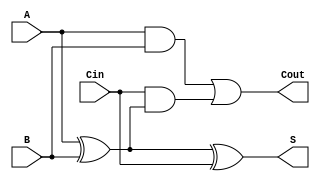
module FullAdder (
    input wire A,    // First input bit
    input wire B,    // Second input bit
    input wire Cin,  // Carry input
    output wire S,   // Sum output
    output wire Cout  // Carry output
);

// Calculate the Sum (S) using XOR gates
assign S = A ^ B ^ Cin;

// Calculate the Carry-out (Cout) using AND and OR gates
assign Cout = (A & B) | (Cin & (A ^ B));

endmodule